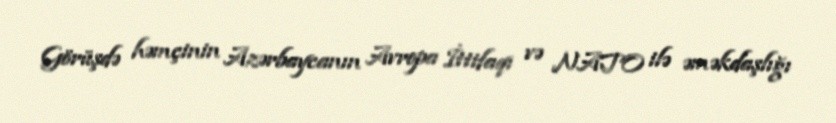
Görüşdə həmçinin Azərbaycanın Avropa İttifaqı və NATO ilə əməkdaşlığı